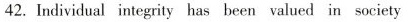
42. Individual integrity has been valued in society